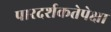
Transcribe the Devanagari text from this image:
पारदर्शकतेपेक्षा